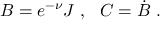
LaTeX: B = e ^ { - \nu } J \ , \ \ C = \dot { B } \ .